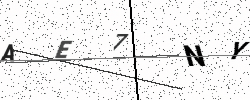
Text: AE7NY